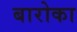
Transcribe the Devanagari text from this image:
बारोका